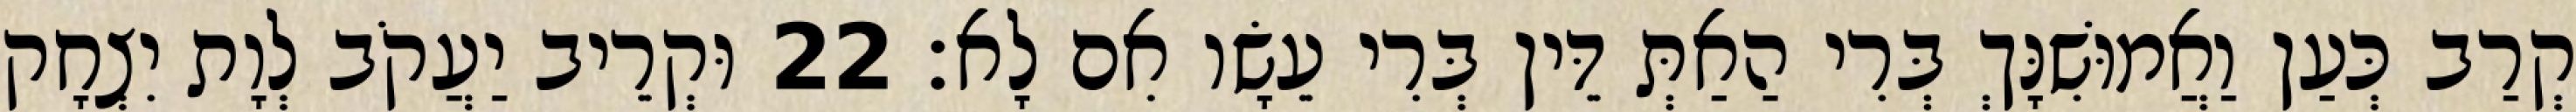
קְרַב כְּעַן וַאֲמוּשִׁנָּךְ בְּרִי הַאַתְּ דֵּין בְּרִי עֵשָׂו אִם לָא׃ 22 וּקְרֵיב יַעֲקֹב לְוָת יִצְחָק